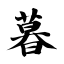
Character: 暮